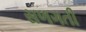
સળગતી